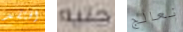
افتقد جنيه نعالج